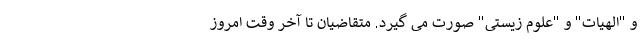
و "الهیات" و "علوم زیستی" صورت می گیرد. متقاضیان تا آخر وقت امروز